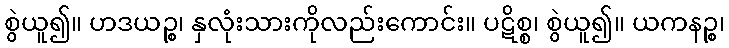
စွဲယူ၍။ ဟဒယဉ္စ၊ နှလုံးသားကိုလည်းကောင်း။ ပဋိစ္စ၊ စွဲယူ၍။ ယကနဉ္စ၊